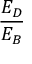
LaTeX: \frac { E _ { D } } { E _ { B } }